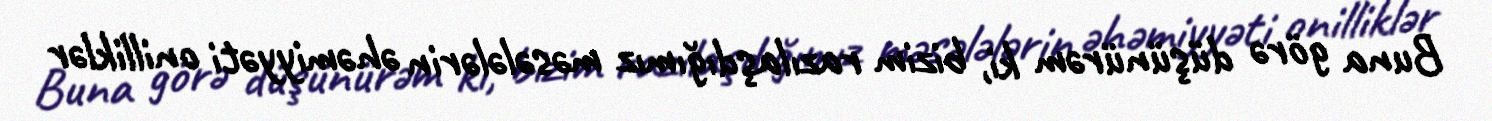
Buna görə düşünürəm ki, bizim razılaşdığımız məsələlərin əhəmiyyəti onilliklər